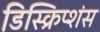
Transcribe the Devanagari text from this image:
डिस्क्रिप्शंस